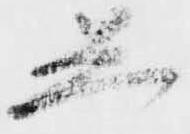
し